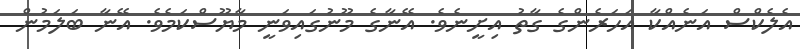
އެލެކްސް އަނެއްކާ އަހަރެންގެ ގާތު އިށީނެވެ. އޭނާގެ މޫނުގައިވަނީ މާޔޫސްކަމެވެ. އޭނާ ބަލަމުން